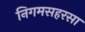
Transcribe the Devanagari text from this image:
निगमसहरसा